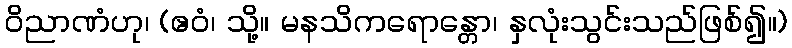
ဝိညာဏံဟု၊ (ဧဝံ၊ သို့။ မနသိကရောန္တော၊ နှလုံးသွင်းသည်ဖြစ်၍။)